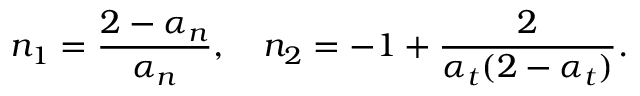
n _ { 1 } = \frac { 2 - \alpha _ { n } } { \alpha _ { n } } , \quad n _ { 2 } = - 1 + \frac { 2 } { \alpha _ { t } ( 2 - \alpha _ { t } ) } .